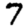
Digit: 7